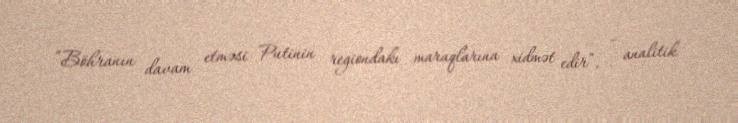
“Böhranın davam etməsi Putinin regiondakı maraqlarına xidmət edir”, - analitik